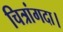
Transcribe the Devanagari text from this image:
चित्रांगदा।